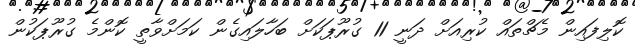
ކޮލިފައިން މެޗްތައް ކުރިއަށް ދަނީ 11 ގުރޫޕަކަށް ބަހާލައިގެން ކަމަށްވާތީ ކޮންމެ ގުރޫޕަކުން